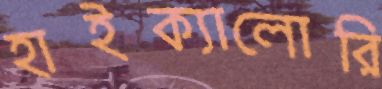
হাইক্যালোরি